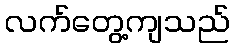
လက်တွေ့ကျသည်